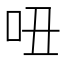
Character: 吜